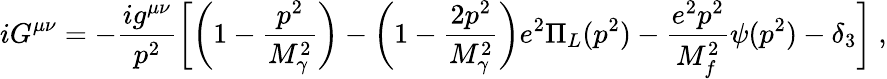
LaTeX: iG^{\mu\nu}=-\frac{ig^{\mu\nu}}{p^{2}}\bigg[\biggl(1-\frac{p^{2}}{M_{\gamma}^{2}}\biggr)-\biggl(1-\frac{2p^{2}}{M_{\gamma}^{2}}\biggr)e^{2}\Pi_{L}(p^{2})-\frac{e^{2}p^{2}}{M_{f}^{2}}\psi(p^{2})-\delta_{3}\biggr]\ ,